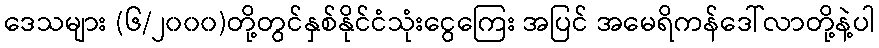
ဒေသများ (၆/၂၀၀၀)တို့တွင်နှစ်နိုင်ငံသုံးငွေကြေး အပြင် အမေရိကန်ဒေါ်လာတို့နဲ့ပါ